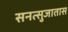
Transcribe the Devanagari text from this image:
सनत्सुजातास